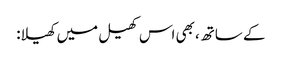
کے ساتھ، بھی اس کھیل میں کھیلا: